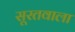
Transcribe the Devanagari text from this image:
सूरतवाला